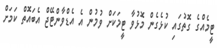
ޓީމެއްގެ ގޮތުގައި ކުޅެގެން މޮޅުވާ ޓީމަކަށް ވުމުން އެ އެޑްވާންޓޭޖް އެބައޮތް ކަަމަށް